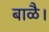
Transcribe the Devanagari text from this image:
बाळै।